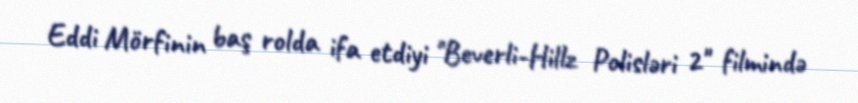
Eddi Mörfinin baş rolda ifa etdiyi "Beverli-Hillz Polisləri 2" filmində